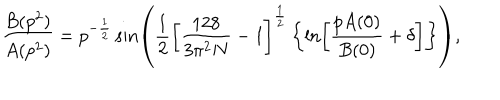
\frac { B ( p ^ { 2 } ) } { A ( p ^ { 2 } ) } = p ^ { - \frac { 1 } { 2 } } \sin \left( \frac { 1 } { 2 } \left[ \frac { 1 2 8 } { 3 \pi ^ { 2 } N } - 1 \right] ^ { \frac { 1 } { 2 } } \left\{ \ln \left[ \frac { p A ( 0 ) } { B ( 0 ) } + \delta \right] \right\} \right) ,